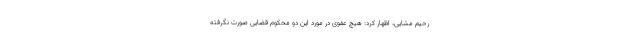
رحیم مشایی، اظهار کرد: هیچ عفوی در مورد این دو محکوم قضایی صورت نگرفته